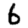
Digit: 6